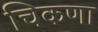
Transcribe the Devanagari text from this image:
चिकणा